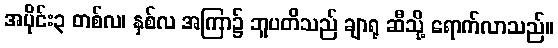
အပိုင်း၃ တစ်လ၊ နှစ်လ အကြာ၌ ဘူပတိသည် ချာရု ဆီသို့ ရောက်လာသည်။